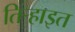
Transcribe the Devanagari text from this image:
तिर्‍हाइत